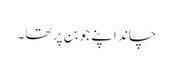
چاند اپنے جوبن پر تھا ۔